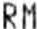
RM